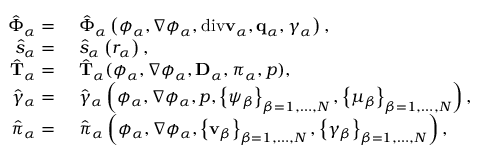
\begin{array} { r l } { \hat { \boldsymbol { \Phi } } _ { \alpha } = } & { { } ~ \hat { \boldsymbol { \Phi } } _ { \alpha } \left( \phi _ { \alpha } , \nabla \phi _ { \alpha } , \mathrm { d i v } \mathbf { v } _ { \alpha } , \mathbf { q } _ { \alpha } , \gamma _ { \alpha } \right) , } \\ { \hat { s } _ { \alpha } = } & { { } ~ \hat { s } _ { \alpha } \left( r _ { \alpha } \right) , } \\ { \hat { \mathbf { T } } _ { \alpha } = } & { { } ~ \hat { \mathbf { T } } _ { \alpha } ( \phi _ { \alpha } , \nabla \phi _ { \alpha } , \mathbf { D } _ { \alpha } , \pi _ { \alpha } , p ) , } \\ { \hat { \gamma } _ { \alpha } = } & { { } ~ \hat { \gamma } _ { \alpha } \left( \phi _ { \alpha } , \nabla \phi _ { \alpha } , p , \left\{ \psi _ { \beta } \right\} _ { { \beta } = 1 , \dots , N } , \left\{ \mu _ { \beta } \right\} _ { { \beta } = 1 , \dots , N } \right) , } \\ { \hat { \boldsymbol { \pi } } _ { \alpha } = } & { { } ~ \hat { \boldsymbol { \pi } } _ { \alpha } \left( \phi _ { \alpha } , \nabla \phi _ { \alpha } , \left\{ \mathbf { v } _ { \beta } \right\} _ { { \beta } = 1 , \dots , N } , \left\{ \gamma _ { \beta } \right\} _ { { \beta } = 1 , \dots , N } \right) , } \end{array}